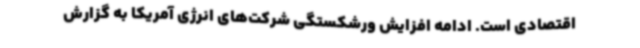
اقتصادی است. ادامه افزایش ورشکستگی شرکت‌های انرژی آمریکا به گزارش